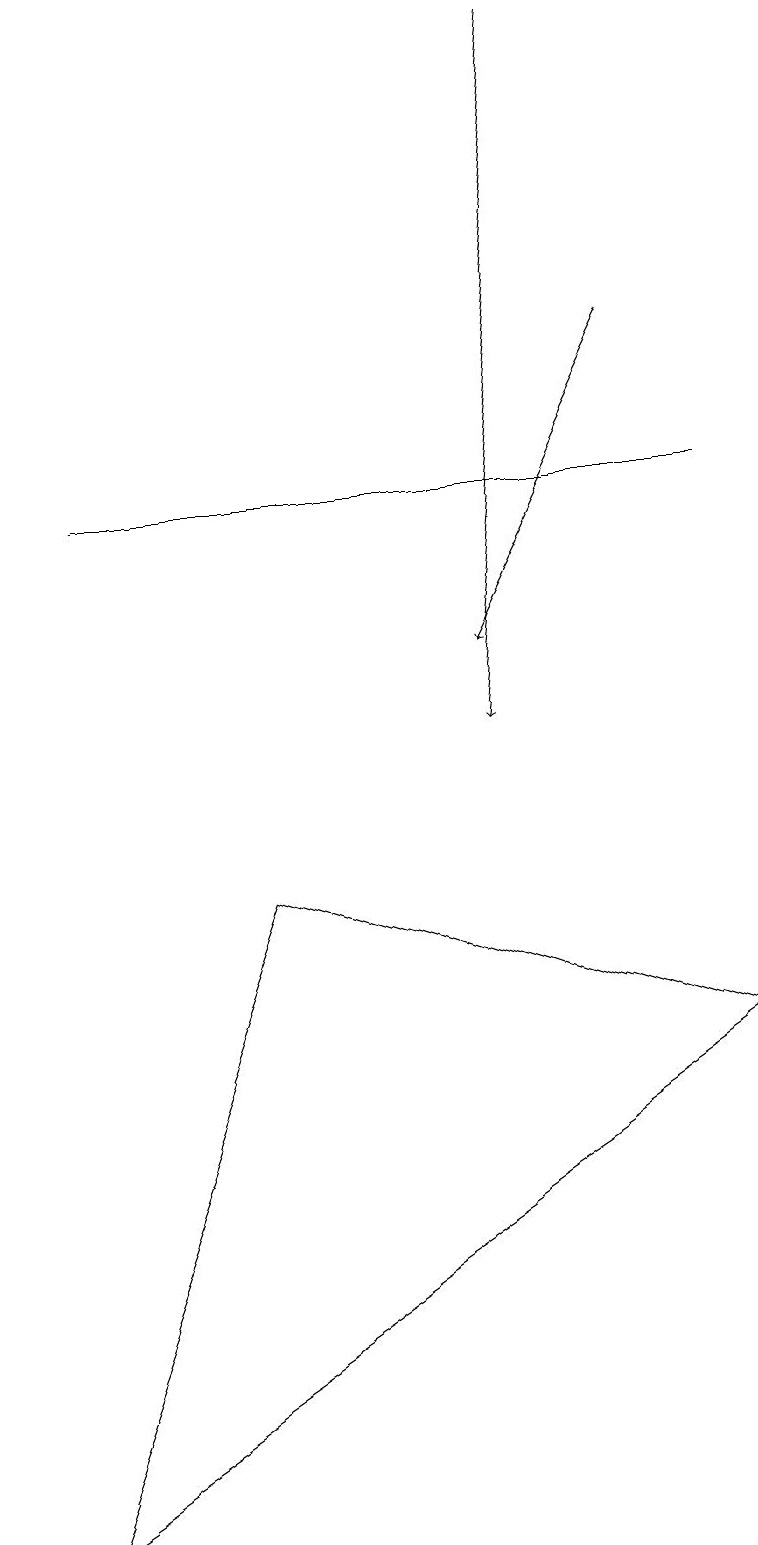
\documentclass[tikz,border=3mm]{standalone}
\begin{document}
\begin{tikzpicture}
\draw[->] (7,19) -- (6,10);
\draw (9,13) rectangle (1,13);
\draw (3,8) -- (9,6) -- (0,0) -- cycle;
\draw[->] (8,15) -- (6,11);
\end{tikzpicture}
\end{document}